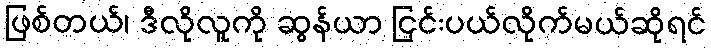
ဖြစ်တယ်၊ ဒီလိုလူကို ဆွန်ယာ ငြင်းပယ်လိုက်မယ်ဆိုရင်